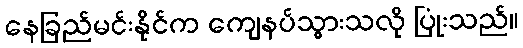
နေခြည်မင်းနိုင်က ကျေနပ်သွားသလို ပြုံးသည်။